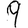
Digit: 9